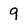
Character: 9